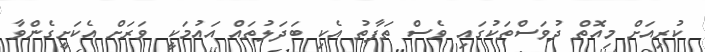
ކުރިއަށް މިއޮތް ދުވަސްތަކުގައި ވެސް ތަފާތު އެކި ބަދަލުތައް އައުމަކީ ވަރަށް އެކަށީގެންވާ